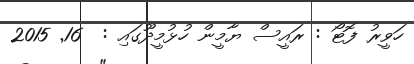
ހަވީރު ފޮޓޯ : ރައީސް ޔާމީން ހުޅުމީދޫގައި :  16